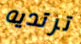
ترتديه